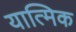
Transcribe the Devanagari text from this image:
यात्मिक